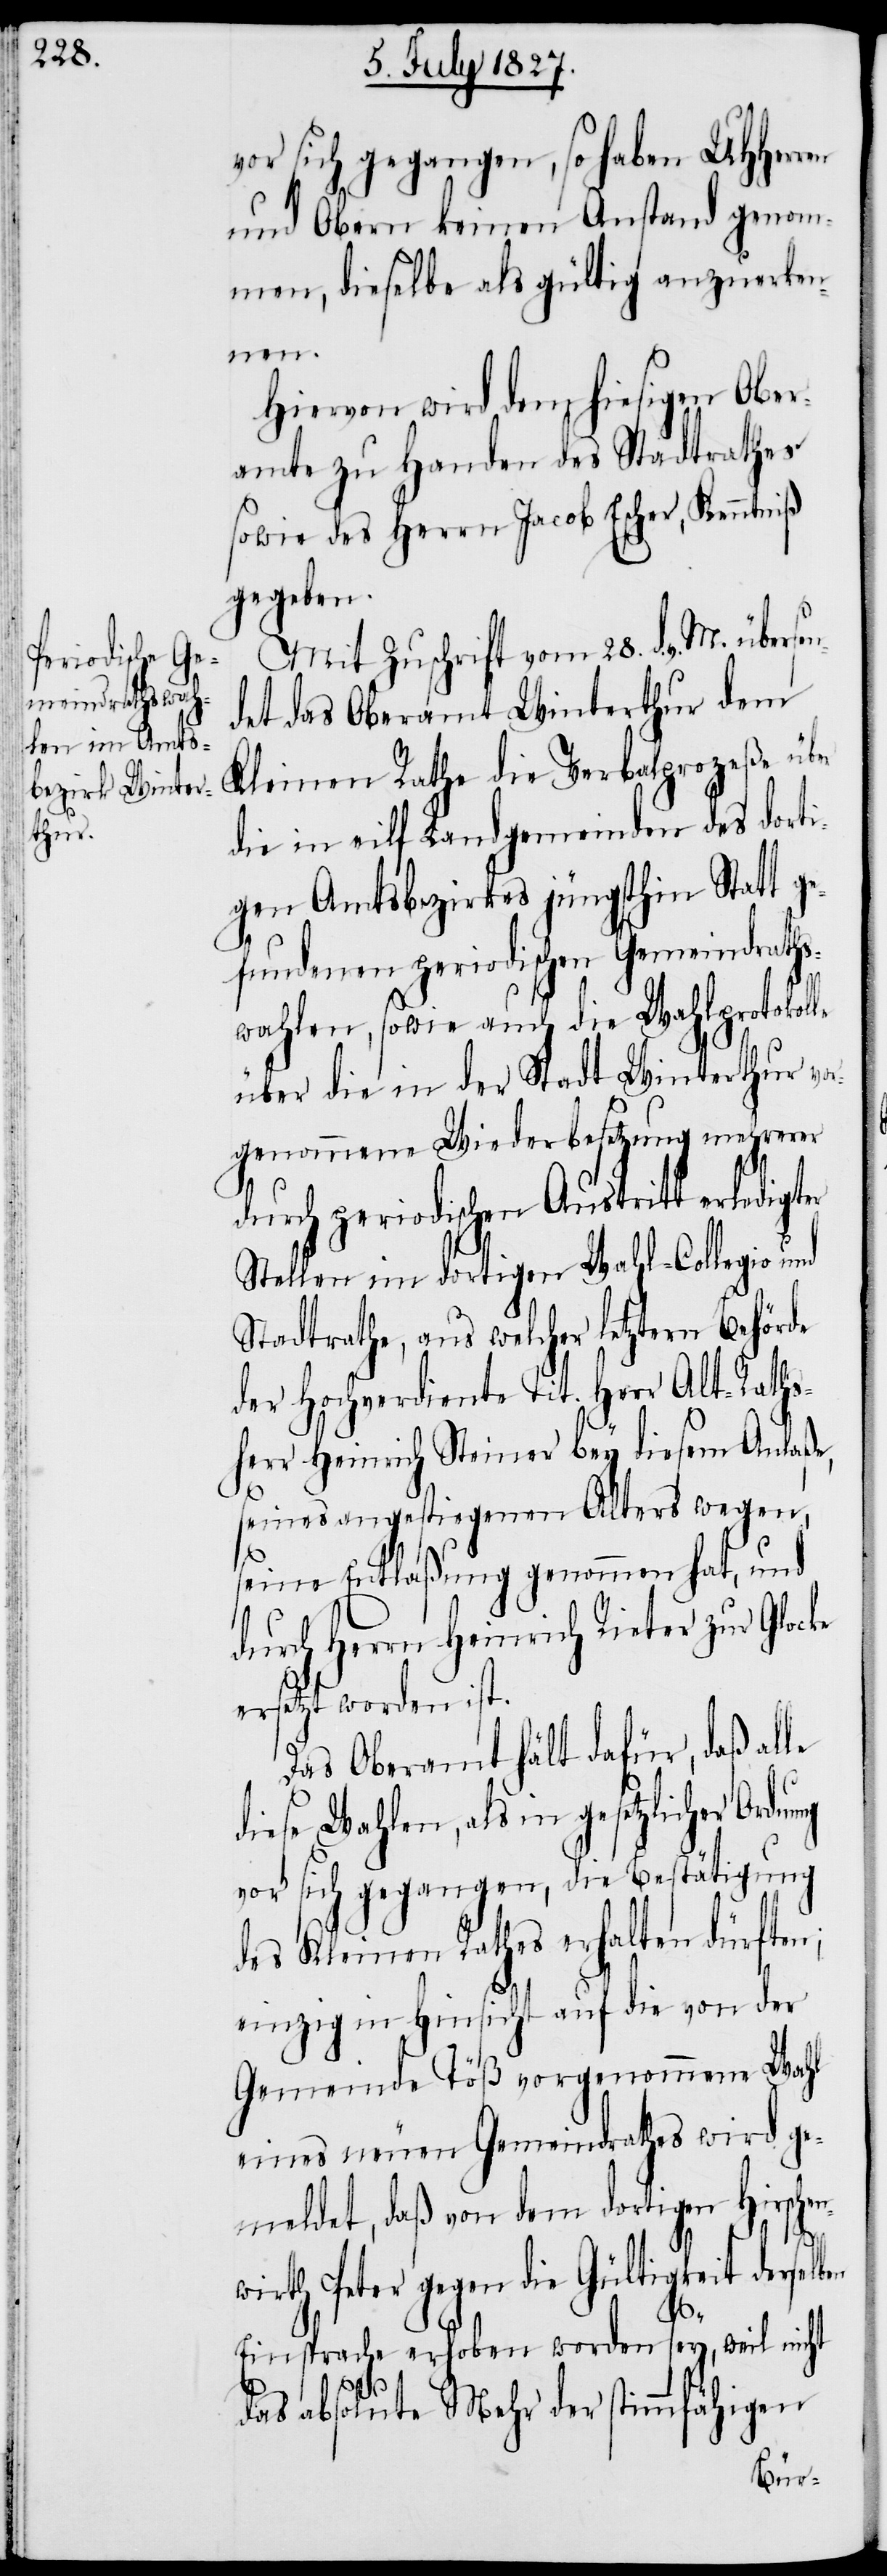
vor sich gegangen, so haben UHHerren
und Obern keinen Anstand genom¬
men, dieselbe als gültig anzuerken¬
sen¬
Hiervon wird dem hiesigen Ober¬
amt zu Handen des Stadtrathes
sowie des Herrn Jacob Escher, Kenntniß
gegeben.
Mit Zuschrift vom 28. d. v. M. über¬
det das Oberamt Winterthur dem
Kleinen Rathe die Verbalprozeße über
die in eilf Landgemeinden des dorti¬
gen Amtsbezirkes jüngsthin Statt ge¬
fundenen periodischen Gemeindraths¬
wahlen, sowie auch die Wahlprotokolle
über die in der Stadt Winterthur vor¬
genommene Wiederbesetzung mehrerer
ng
durch periodischen Austritt erledigten
Stellen im dortigen Wahl-Collegio u¬
Stadtrathe, aus welcher letztern Behörde
der Hochverdiente Tit. Herr Alt-Raths¬
herr Heinrich Steiner bey diesem Anlaße,
seines angestiegenen Alters wegen,
seine Entlaßung genommen hat, und
durch Herrn Heinrich Rieger zur Glocke
ersetzt worden ist.
Das Oberamt hält dafür, daß alle
diese Wahlen, als in gesetzlicher Ordnu¬
vor sich gegangen, die Bestätigung
des Kleinen Rathes erhalten dürften;
einzig in Hinsicht auf die von der
Gemeinde Töß vorgenommene Wahl
eines neuen Gemeindrathes wird ge¬
meldet, daß von dem dortigen Hirschen¬
wirth Peter gegen die Gültigkeit derselben
Einsprache erhoben worden sey, weil nicht
das absolute Mehr der stimmfähigen